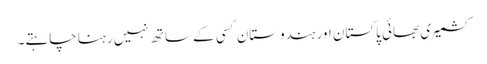
کشمیری بھائی پاکستان اور ہندوستان کسی کے ساتھ نہیں رہنا چاہتے۔